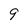
Character: 9